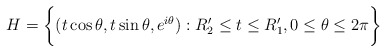
\begin{align*}H = \bigg\{ (t \cos \theta, t \sin \theta, e^{i\theta}) : R_2' \le t \le R_1', 0 \le \theta \le 2 \pi \bigg\}\end{align*}